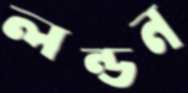
লন্ডন